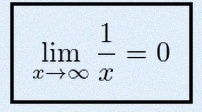
\lim_{x\to\infty}\frac{1}{x}=0